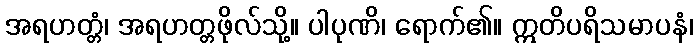
အရဟတ္တံ၊ အရဟတ္တဖိုလ်သို့။ ပါပုဏိ၊ ရောက်၏။ ဣတိပရိသမာပနံ၊